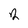
Character: 2